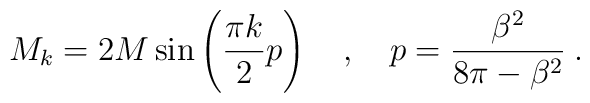
M_{k}=2M\sin \left( \frac{\pi k}{2}p\right) \quad ,\quad p=\frac{\beta ^{2}}{8\pi -\beta ^{2}}\: .